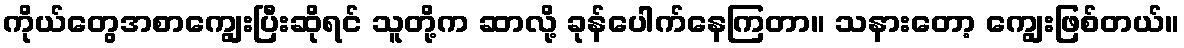
ကိုယ်တွေအစာကျွေးပြီးဆိုရင် သူတို့က ဆာလို့ ခုန်ပေါက်နေကြတာ။ သနားတော့ ကျွေးဖြစ်တယ်။